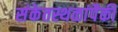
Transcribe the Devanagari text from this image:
संकेतस्थळांपैकी